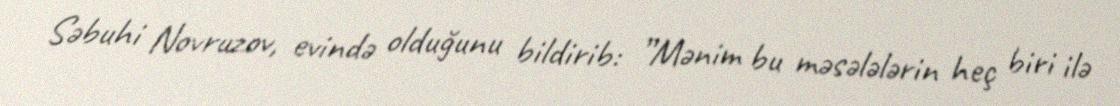
Səbuhi Novruzov, evində olduğunu bildirib: ”Mənim bu məsələlərin heç biri ilə